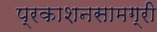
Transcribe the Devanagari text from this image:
प्रकाशनसामग्री